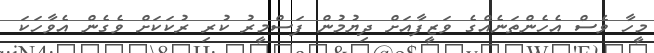
މީހާ ވެސް އެހެންތަނެއްގެ ވަޒީފާއަށް ދިޔުމުން ފަސްމީރު ކުރި ރުކަކަށް ވެގެން އެވާހަކަ